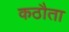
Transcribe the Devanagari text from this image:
कठौता